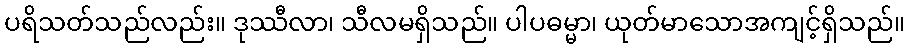
ပရိသတ်သည်လည်း။ ဒုဿီလာ၊ သီလမရှိသည်။ ပါပဓမ္မာ၊ ယုတ်မာသောအကျင့်ရှိသည်။